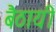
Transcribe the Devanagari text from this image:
बैठायी